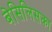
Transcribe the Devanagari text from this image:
बेसिलिसका